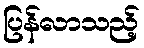
ပြန်လာသည့်